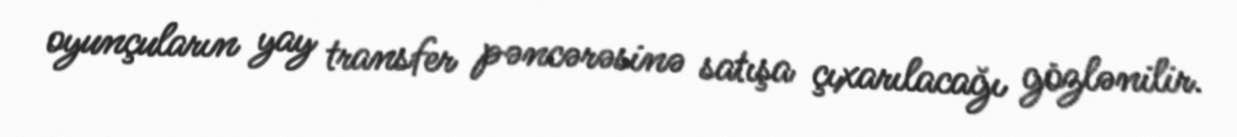
oyunçuların yay transfer pəncərəsinə satışa çıxarılacağı gözlənilir.